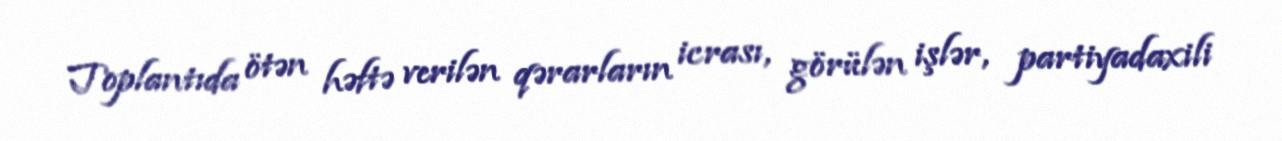
Toplantıda ötən həftə verilən qərarların icrası, görülən işlər, partiyadaxili